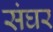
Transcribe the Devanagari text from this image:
संघर